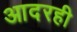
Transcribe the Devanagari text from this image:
आदरही